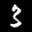
Label: 3